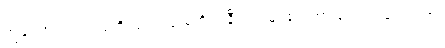
ကျွန်တော့်ရဲ့ လုပ်ပုံကိုင်ပုံ အလုံးစုံကို အနီးကပ်မြင်တွေ့ထားပုံရတဲ့ ဥရောပသား